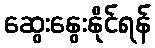
ဆွေးနွေးနိုင်ရန်